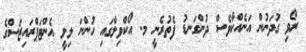
ރޯވި ގުދަނުން އަނެއްކާވެސް ދުންގަނޑު ފެތުރެނީ މ. އޯކްވިލާގައި ހުންނަ ލިލީ އެންޓަޕްރައިޒަސްގެ